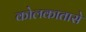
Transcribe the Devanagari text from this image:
कोलकातासे